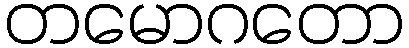
တမောဂတော